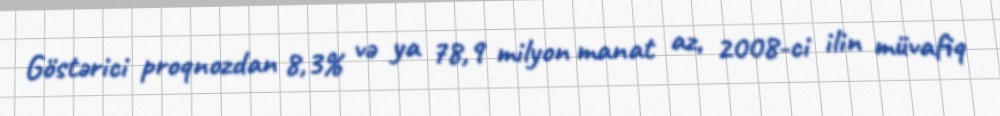
Göstərici proqnozdan 8,3% və ya 78,9 milyon manat az, 2008-ci ilin müvafiq